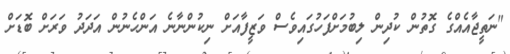
"ނަތީޖާއެއްގެ ގޮތުން ކުދިން ލިބުމަށްފަހުގައިވެސް ވަޒީފާއަށް ނިކުންނާނެ އަންހެނުން އަދަދު ވަރަށް ބޮޑަށް